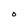
Character: O